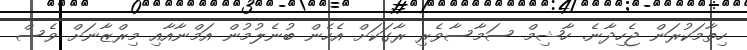
ހިތާމަކުރަން ޖެހިދާނެ. ހާޝިމް ސަމާސާވެރި ރާގަކަށް އެހެން ބުނެލުމުން އަމްނާއާއި މިރްޒާނަށް ވެސް